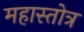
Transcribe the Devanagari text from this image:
महास्तोत्र